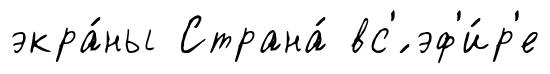
экра́ны Страна́ вс'́ эф'и́р'е